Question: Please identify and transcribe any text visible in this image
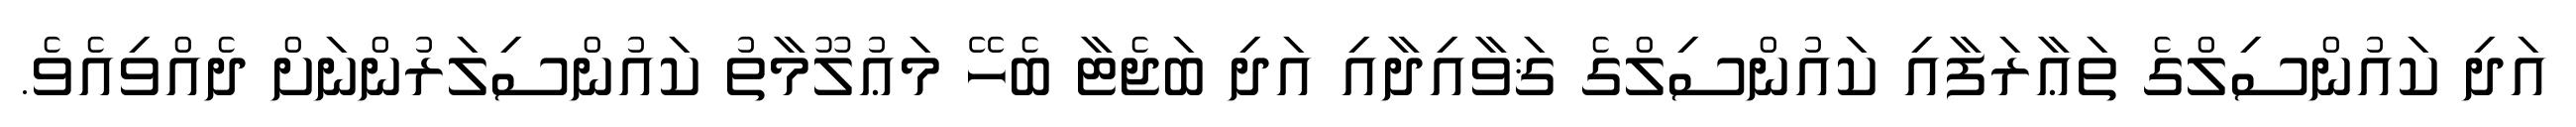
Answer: އަދި ކައުންސިލްގެ ތަޢާރަފާއި ކައުންސިލްގެ ޤަވާއިދާއި އަދި ބަޖެޓާ ބެހޭ މަޢުލޫމާތު ކައުންސިލަރުންނަށް ދެއްވިއެވެ.